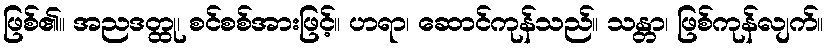
ဖြစ်၏။ အညဒတ္ထု၊ စင်စစ်အားဖြင့်။ ဟရာ၊ ဆောင်ကုန်သည်။ သန္တာ၊ ဖြစ်ကုန်လျက်။